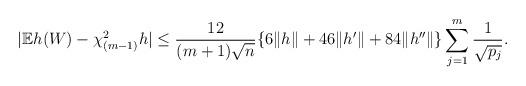
LaTeX: \begin{align*}|\mathbb{E} h(W) - \chi^2_{(m-1)} h | \leq \frac{12}{(m+1)\sqrt{n}}\{6\|h\|+46\|h'\|+84\|h''\|\}\sum_{j=1}^m\frac{1}{\sqrt{p_j}}.\end{align*}